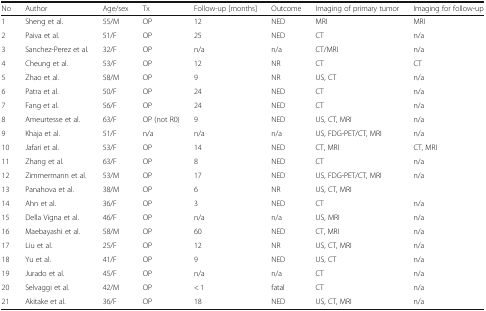
<table><thead><tr><td><b>No</b></td><td><b>Author</b></td><td><b>Age/sex</b></td><td><b>Tx</b></td><td><b>Follow-up [months]</b></td><td><b>Outcome</b></td><td><b>Imaging of primary tumor</b></td><td><b>Imaging for follow-up</b></td></tr></thead><tbody><tr><td>1</td><td>Sheng et al.</td><td>55/M</td><td>OP</td><td>12</td><td>NED</td><td>MRI</td><td>MRI</td></tr><tr><td>2</td><td>Paiva et al.</td><td>51/F</td><td>OP</td><td>25</td><td>NED</td><td>CT</td><td>n/a</td></tr><tr><td>3</td><td>Sanchez-Perez et al.</td><td>32/F</td><td>OP</td><td>n/a</td><td>n/a</td><td>CT/MRI</td><td>n/a</td></tr><tr><td>4</td><td>Cheung et al.</td><td>53/F</td><td>OP</td><td>12</td><td>NR</td><td>CT</td><td>CT</td></tr><tr><td>5</td><td>Zhao et al.</td><td>58/M</td><td>OP</td><td>9</td><td>NR</td><td>US, CT</td><td>n/a</td></tr><tr><td>6</td><td>Patra et al.</td><td>50/F</td><td>OP</td><td>24</td><td>NED</td><td>CT</td><td>n/a</td></tr><tr><td>7</td><td>Fang et al.</td><td>56/F</td><td>OP</td><td>24</td><td>NED</td><td>CT</td><td>n/a</td></tr><tr><td>8</td><td>Ameurtesse et al.</td><td>63/F</td><td>OP (not R0)</td><td>9</td><td>NED</td><td>US, CT, MRI</td><td>n/a</td></tr><tr><td>9</td><td>Khaja et al.</td><td>51/F</td><td>n/a</td><td>n/a</td><td>n/a</td><td>US, FDG-PET/CT, MRI</td><td>n/a</td></tr><tr><td>10</td><td>Jafari et al.</td><td>53/F</td><td>OP</td><td>14</td><td>NED</td><td>CT, MRI</td><td>CT, MRI</td></tr><tr><td>11</td><td>Zhang et al.</td><td>63/F</td><td>OP</td><td>8</td><td>NED</td><td>CT</td><td>n/a</td></tr><tr><td>12</td><td>Zimmermann et al.</td><td>53/M</td><td>OP</td><td>17</td><td>NED</td><td>US, FDG-PET/CT, MRI</td><td>n/a</td></tr><tr><td>13</td><td>Panahova et al.</td><td>38/M</td><td>OP</td><td>6</td><td>NR</td><td>US, CT, MRI</td><td></td></tr><tr><td>14</td><td>Ahn et al.</td><td>36/F</td><td>OP</td><td>3</td><td>NED</td><td>CT</td><td>n/a</td></tr><tr><td>15</td><td>Della Vigna et al.</td><td>46/F</td><td>OP</td><td>n/a</td><td>n/a</td><td>US, MRI</td><td>n/a</td></tr><tr><td>16</td><td>Maebayashi et al.</td><td>58/M</td><td>OP</td><td>60</td><td>NED</td><td>CT, MRI</td><td>n/a</td></tr><tr><td>17</td><td>Liu et al.</td><td>25/F</td><td>OP</td><td>12</td><td>NR</td><td>US, CT, MRI</td><td>n/a</td></tr><tr><td>18</td><td>Yu et al.</td><td>41/F</td><td>OP</td><td>9</td><td>NED</td><td>US, CT</td><td>n/a</td></tr><tr><td>19</td><td>Jurado et al.</td><td>45/F</td><td>OP</td><td>n/a</td><td>n/a</td><td>CT</td><td>n/a</td></tr><tr><td>20</td><td>Selvaggi et al.</td><td>42/M</td><td>OP</td><td>&lt; 1</td><td>fatal</td><td>CT</td><td>n/a</td></tr><tr><td>21</td><td>Akitake et al.</td><td>36/F</td><td>OP</td><td>18</td><td>NED</td><td>US, CT, MRI</td><td>n/a</td></tr></tbody></table>